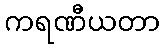
ကရဏီယတာ